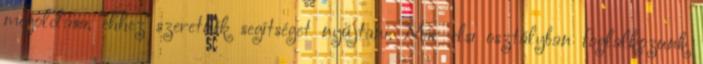
megoldása, ehhez szeretnék segítséget nyújtani. Már elsı osztályban foglalkozunk